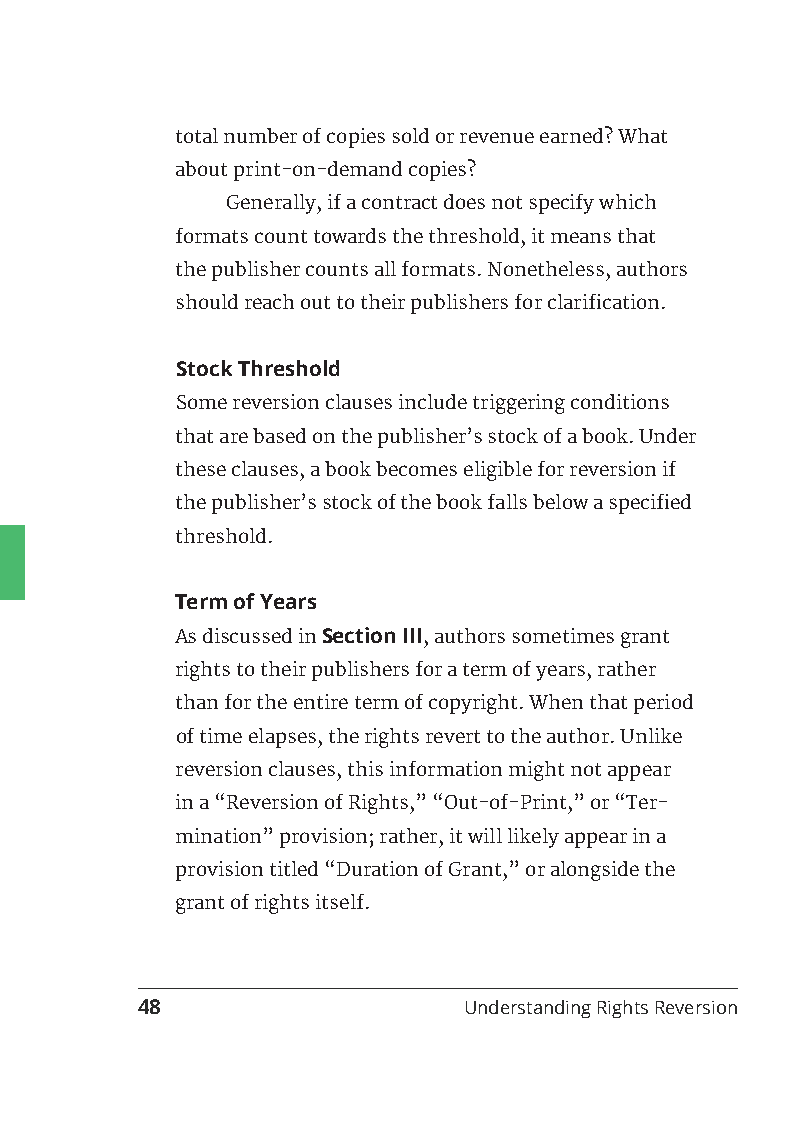
total number of copies sold or revenue earned? What
 about print-on-demand copies?
 Generally, if a contract does not specify which
 formats count towards the threshold, it means that
 the publisher counts all formats. Nonetheless, authors
 should reach out to their publishers for clarification.
 Stock Threshold
 Some reversion clauses include triggering conditions
 that are based on the publisher’s stock of a book. Under
 these clauses, a book becomes eligible for reversion if
 the publisher’s stock of the book falls below a specified
 threshold.
 Term of Years
 As discussed in Section III, authors sometimes grant
 rights to their publishers for a term of years, rather
 than for the entire term of copyright. When that period
 of time elapses, the rights revert to the author. Unlike
 reversion clauses, this information might not appear
 in a “Reversion of Rights,” “Out-of-Print,” or “Ter-
 mination” provision; rather, it will likely appear in a
 provision titled “Duration of Grant,” or alongside the
 grant of rights itself.
 48                    Understanding Rights Reversion